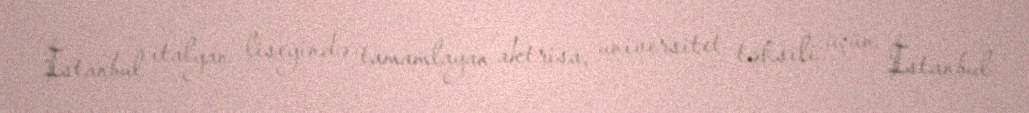
İstanbul italyan liseyində tamamlayan aktrisa, universitet təhsili üçün İstanbul